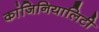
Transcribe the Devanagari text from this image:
कांजिनियालिटी